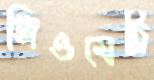
জিওমেট্রি